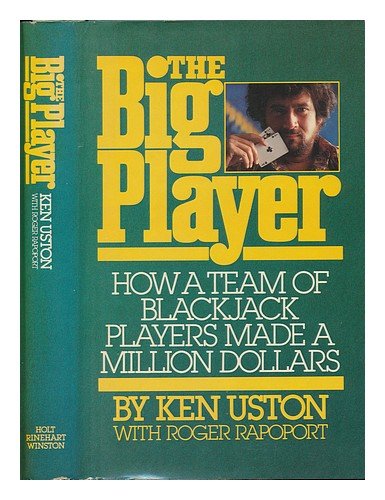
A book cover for The Big Player: How a Team of Blackjack Players Made a Million Dollars; Ken Uston; Humor & Entertainment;